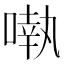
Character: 𠽃